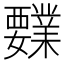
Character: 𰴍